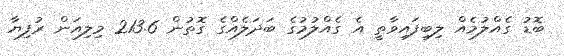
ބޮޑު ގެއްލުމެއް ލިބިފައިވާތީ އެ ގެއްލުމުގެ ބަދަލެއްގެ ގޮތުން 213.6 މިލިއަން ރުފިޔާ